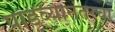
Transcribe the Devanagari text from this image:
पाडव्यानंतरचा